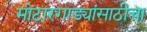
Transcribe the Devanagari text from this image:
मोटारगाड्यांसाठीचा